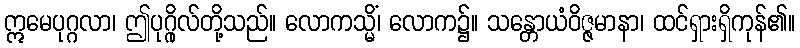
ဣမေပုဂ္ဂလာ၊ ဤပုဂ္ဂိုလ်တို့သည်။ လောကသ္မိံ၊ လောက၌။ သန္တောယံဝိဇ္ဇမာနာ၊ ထင်ရှားရှိကုန်၏။